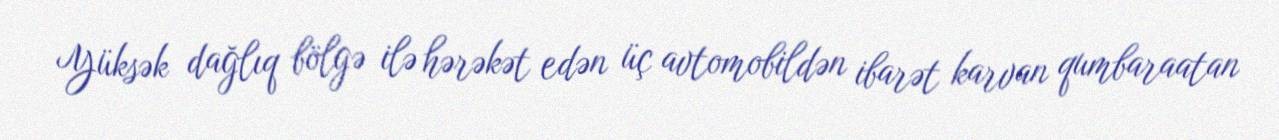
Yüksək dağlıq bölgə ilə hərəkət edən üç avtomobildən ibarət karvan qumbaraatan